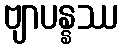
ဗျာပန္နဿ